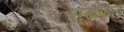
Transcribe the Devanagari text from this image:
सुखफल